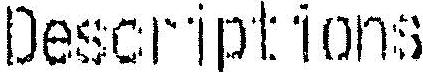
DESCRIPTIONS